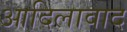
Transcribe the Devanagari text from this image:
आदिलावाद